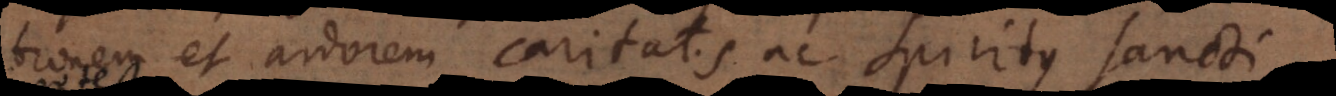
tionem et ardorem caritatis ac Spiritus sancti.